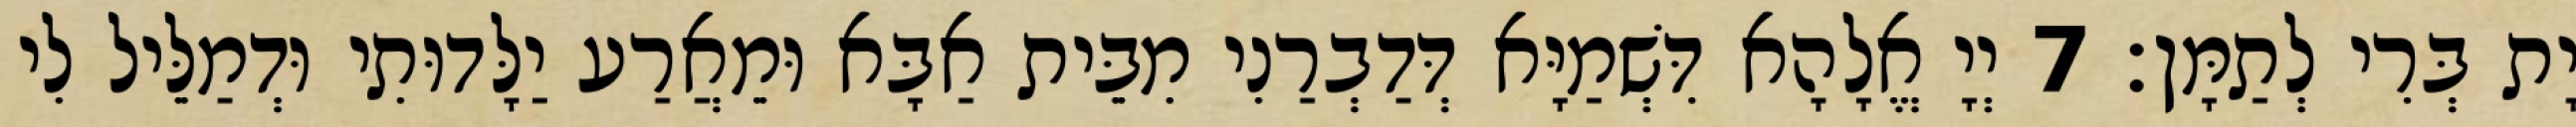
יָת בְּרִי לְתַמָּן׃ 7 יְיָ אֱלָהָא דִּשְׁמַיָּא דְּדַבְרַנִי מִבֵּית אַבָּא וּמֵאֲרַע יַלָּדוּתִי וּדְמַלֵּיל לִי